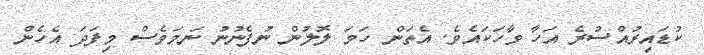
ކުޑައިރުއްސުރެ އަހާ ވާހަކައެވެ. އެތަން ހަމަ ލޮލުން ނުފެނުނު ނަމަވެސް މިފަދަ އެހެން